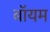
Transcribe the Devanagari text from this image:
बॉयम